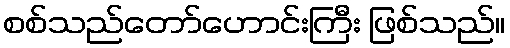
စစ်သည်တော်ဟောင်းကြီး ဖြစ်သည်။